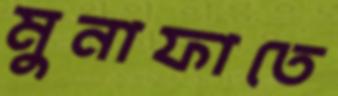
মুনাফাতে